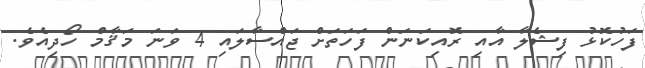
ފަހުކޮޅު ފިޝެލާ އާއި ރޮއިކަނަން ފަހަތަށް ޖައްސާލައި 4 ވަނަ މަޤާމް ހޯދިއެވެ.